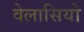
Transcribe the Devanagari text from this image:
वेलासियो